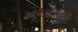
ગયાજી